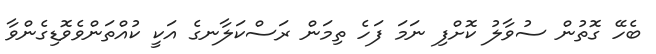
ބެހޭ ގޮތުން ސުވާލު ކޮށްފި ނަމަ ފަހެ ތިމަން ރަސްކަލާނގެ އަކީ ކުއްތަންވެވޮޑިގެންވާ